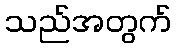
သည်အတွက်